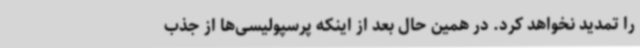
را تمدید نخواهد کرد. در همین حال بعد از اینکه پرسپولیسی‌ها از جذب